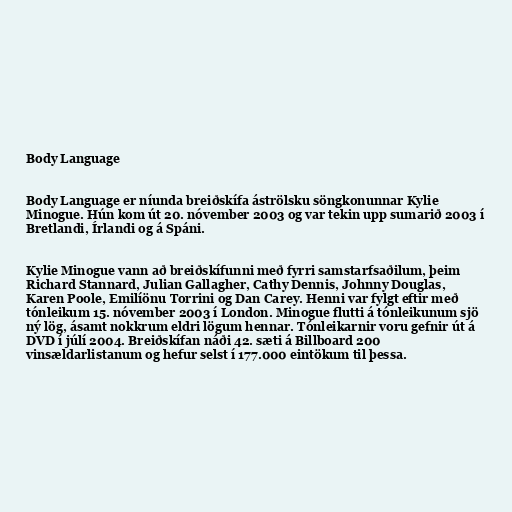
Body Language

Body Language er níunda breiðskífa áströlsku söngkonunnar Kylie
Minogue. Hún kom út 20. nóvember 2003 og var tekin upp sumarið 2003 í
Bretlandi, Írlandi og á Spáni.

Kylie Minogue vann að breiðskífunni með fyrri samstarfsaðilum, þeim
Richard Stannard, Julian Gallagher, Cathy Dennis, Johnny Douglas,
Karen Poole, Emilíönu Torrini og Dan Carey. Henni var fylgt eftir með
tónleikum 15. nóvember 2003 í London. Minogue flutti á tónleikunum sjö
ný lög, ásamt nokkrum eldri lögum hennar. Tónleikarnir voru gefnir út á
DVD í júlí 2004. Breiðskífan náði 42. sæti á Billboard 200
vinsældarlistanum og hefur selst í 177.000 eintökum til þessa.